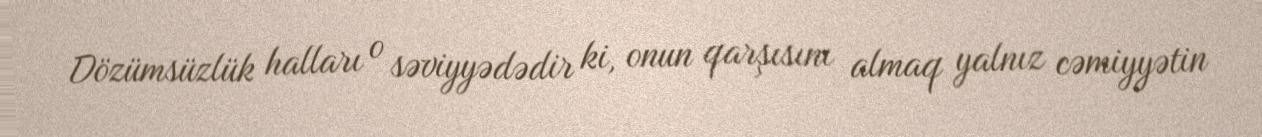
Dözümsüzlük halları o səviyyədədir ki, onun qarşısını almaq yalnız cəmiyyətin